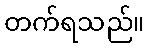
တက်ရသည်။